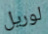
لوريل